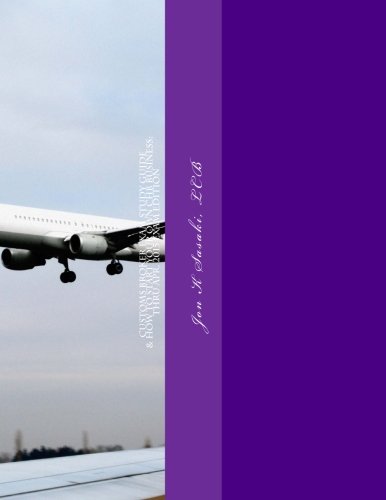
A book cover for Customs Broker Exam Study Guide & How to Start Your Own CHB Business: Thru Apr. 2015 Exam Edition; Jon K Sasaki LCB; Business & Money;